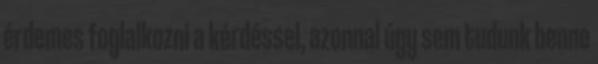
érdemes foglalkozni a kérdéssel, azonnal úgy sem tudunk benne